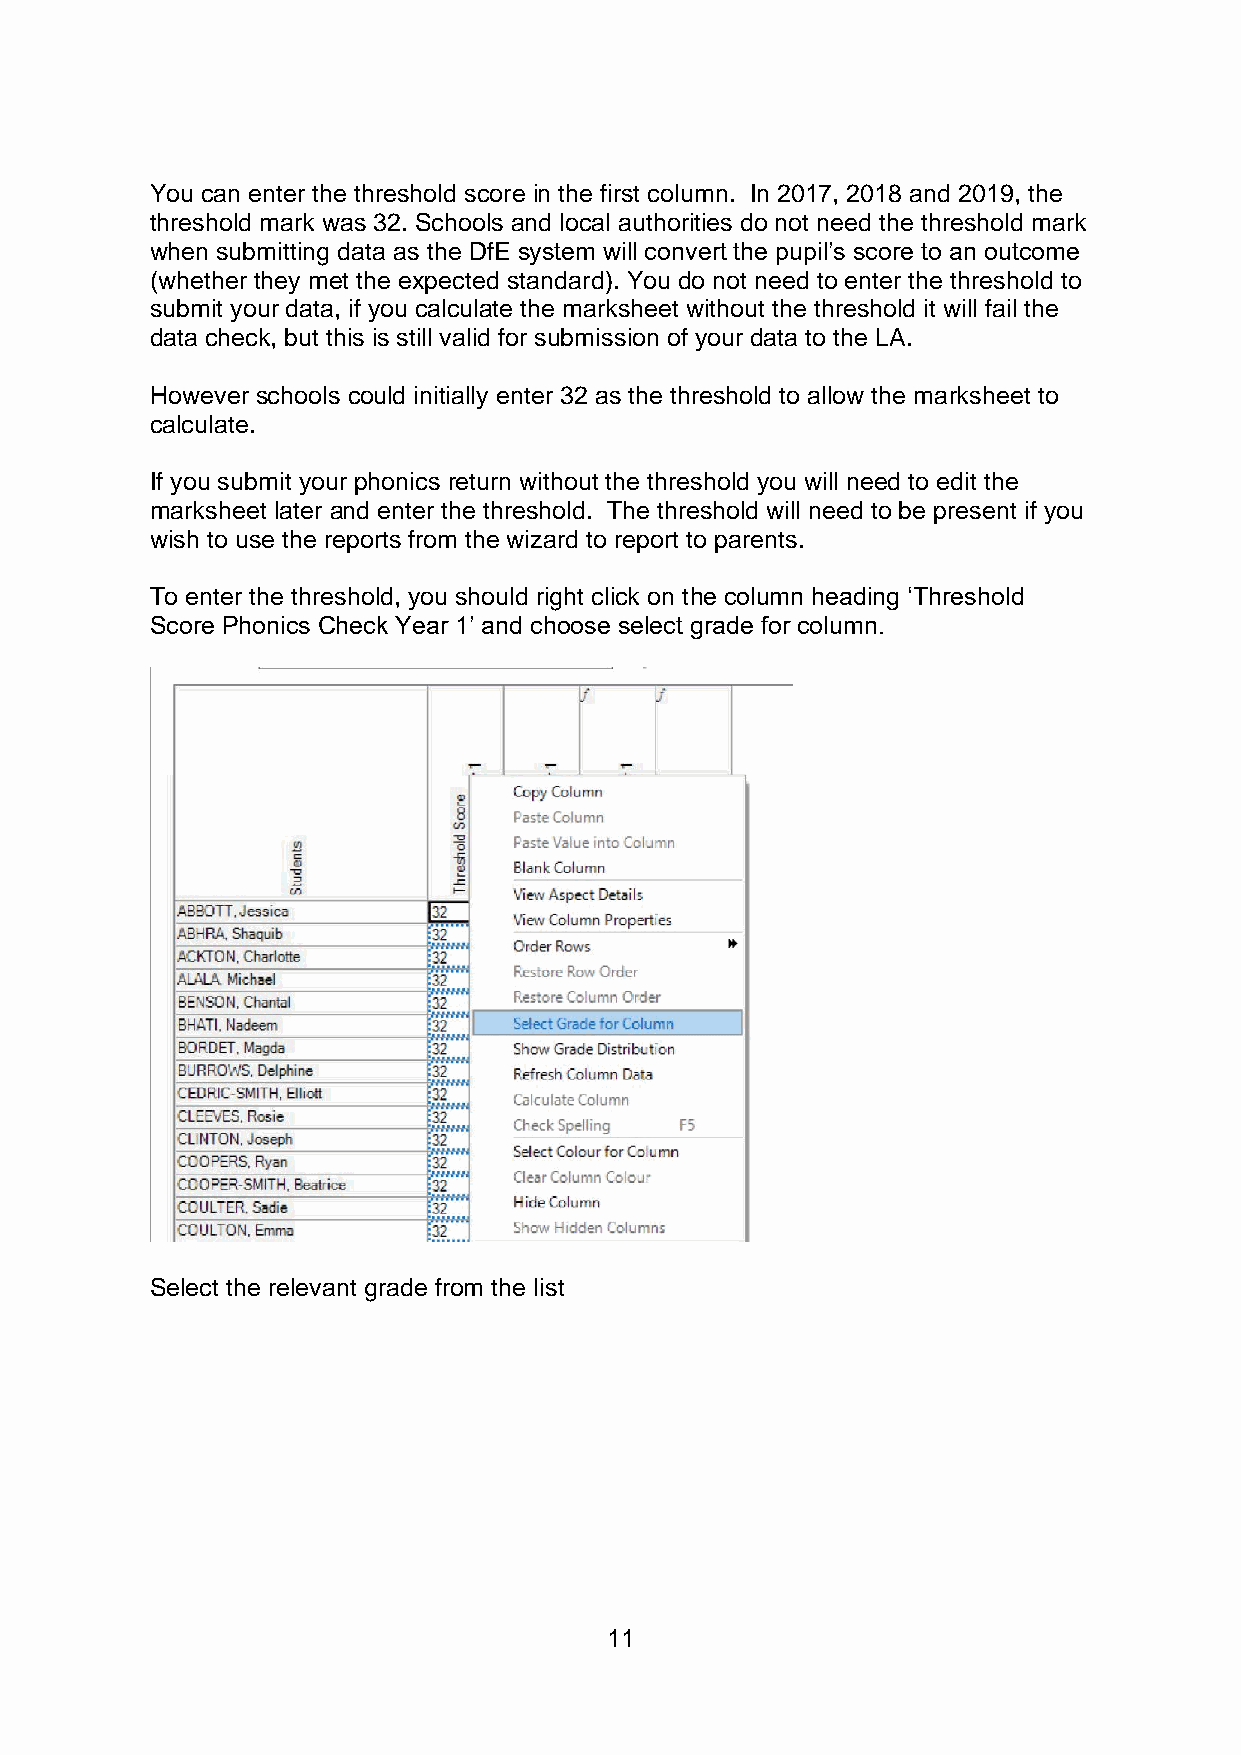
You can enter the threshold score in the first column. In 2017, 2018 and 2019, the
 threshold mark was 32. Schools and local authorities do not need the threshold mark
 when submitting data as the DfE system will convert the pupil’s score to an outcome
 (whether they met the expected standard). You do not need to enter the threshold to
 submit your data, if you calculate the marksheet without the threshold it will fail the
 data check, but this is still valid for submission of your data to the LA.
 However schools could initially enter 32 as the threshold to allow the marksheet to
 calculate.
 If you submit your phonics return without the threshold you will need to edit the
 marksheet later and enter the threshold. The threshold will need to be present if you
 wish to use the reports from the wizard to report to parents.
 To enter the threshold, you should right click on the column heading ‘Threshold
 Score Phonics Check Year 1’ and choose select grade for column.
 Select the relevant grade from the list
 11